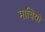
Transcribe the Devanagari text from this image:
माचियो